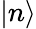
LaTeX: \left|n\right>